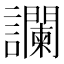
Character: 讕